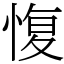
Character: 愎